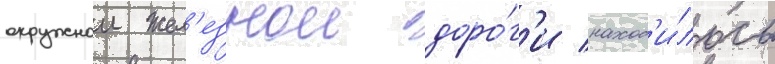
окружнои жел'езнои доро́г'и наход'и́лось